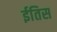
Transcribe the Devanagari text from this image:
ईतिस